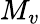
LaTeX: M_{v}